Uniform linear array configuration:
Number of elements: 12
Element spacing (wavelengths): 0.25
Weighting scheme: hamming
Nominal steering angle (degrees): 15
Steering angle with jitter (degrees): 13.21
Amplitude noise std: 0.05
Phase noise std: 0.05

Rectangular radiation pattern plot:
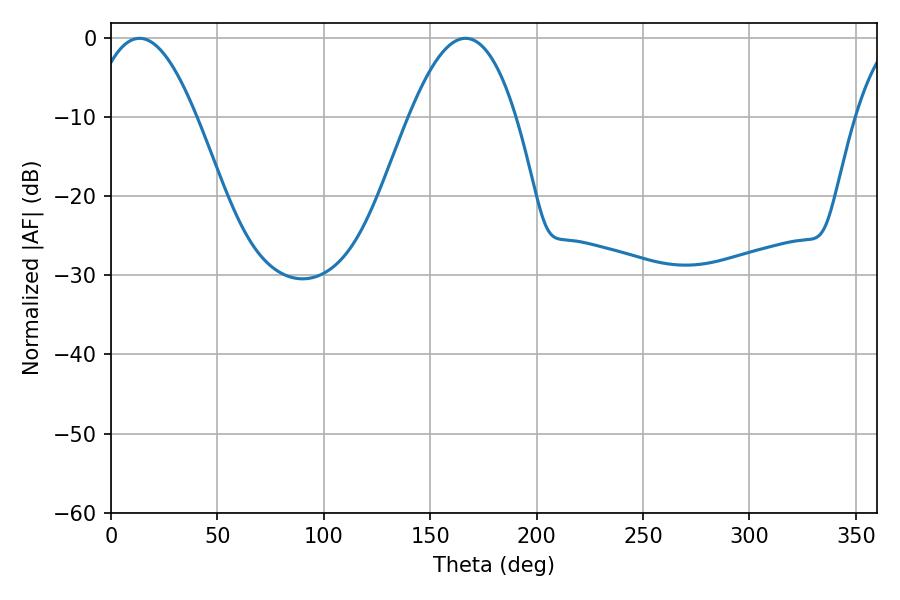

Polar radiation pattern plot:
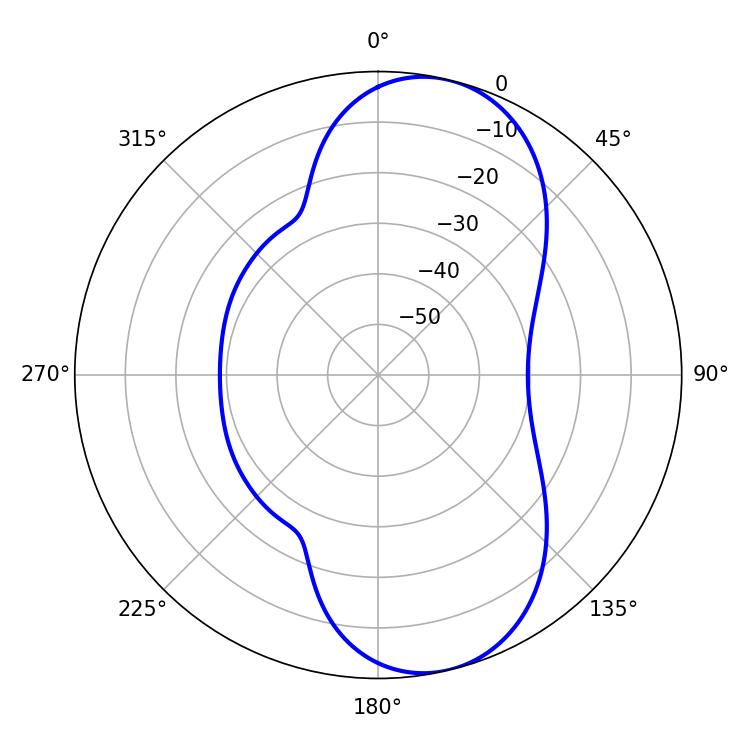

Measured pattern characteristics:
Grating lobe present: FALSE
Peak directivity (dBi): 9.014
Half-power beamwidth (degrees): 27.36
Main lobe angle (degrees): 13.32